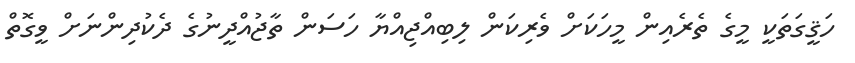
ހަޤީގަތަކީ މީގެ ތެރެއިން މީހަކަށް ވެރިކަން ލިބިއްޖިއްޔާ ހަސަން ތާޖުއްދީނުގެ ދެކުދިންނަށް ވީގޮތް